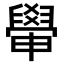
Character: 𦦠